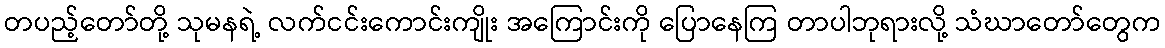
တပည့်တော်တို့ သုမနရဲ့ လက်ငင်းကောင်းကျိုး အကြောင်းကို ပြောနေကြ တာပါဘုရားလို့ သံဃာတော်တွေက